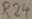
Text: R24